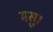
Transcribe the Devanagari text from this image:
मसु।